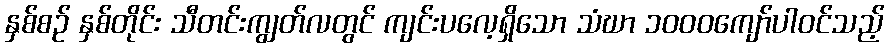
နှစ်စဉ် နှစ်တိုင်း သီတင်းကျွတ်လတွင် ကျင်းပလေ့ရှိသော သံဃာ ၁၀၀၀ကျော်ပါဝင်သည့်